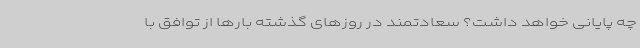
چه پایانی خواهد داشت؟ سعادتمند در روزهای گذشته بارها از توافق با